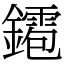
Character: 䥤